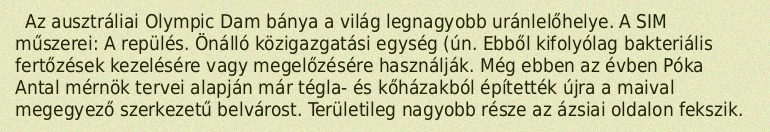
Az ausztráliai Olympic Dam bánya a világ legnagyobb uránlelőhelye. A SIM műszerei: A repülés. Önálló közigazgatási egység (ún. Ebből kifolyólag bakteriális fertőzések kezelésére vagy megelőzésére használják. Még ebben az évben Póka Antal mérnök tervei alapján már tégla- és kőházakból építették újra a maival megegyező szerkezetű belvárost. Területileg nagyobb része az ázsiai oldalon fekszik.